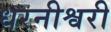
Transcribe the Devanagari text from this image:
धरनीश्वरी